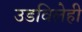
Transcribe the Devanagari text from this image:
उडविलेही